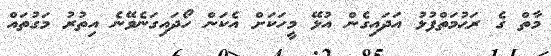
މާތް ގެ ރަޙުމަތްފުޅު އަދައިގެން އުޅޭ މީހަކަށް އެކަން ހޯދައިގަނެވޭނެ އިތުރު މަގުތައް